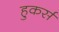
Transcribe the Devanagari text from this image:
हुकर्स